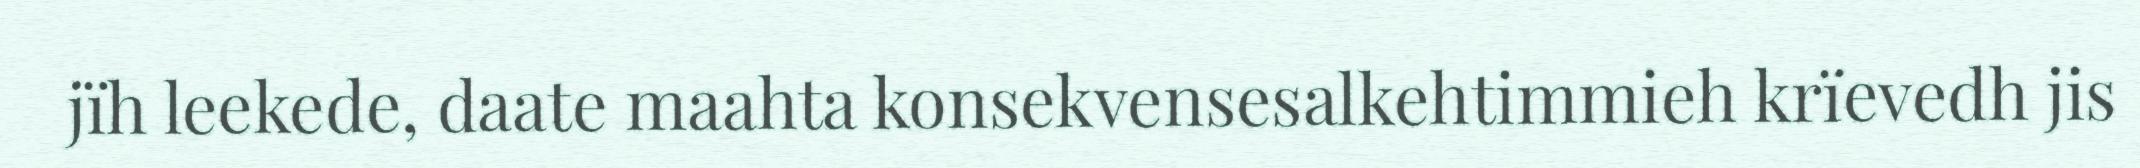
jïh leekede, daate maahta konsekvensesalkehtimmieh krïevedh jis